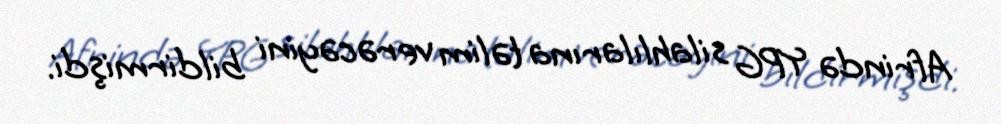
Afrində YPG silahlılarına təlim verəcəyini bildirmişdi.